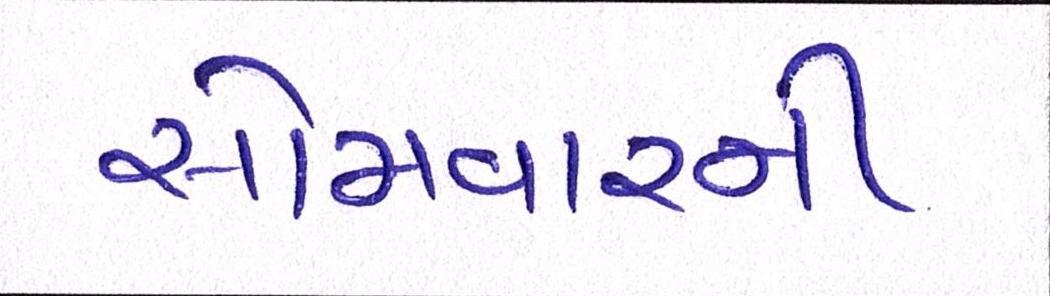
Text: સોમવારની